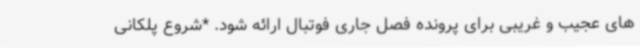
های عجیب و غریبی برای پرونده فصل جاری فوتبال ارائه شود. *شروع پلکانی